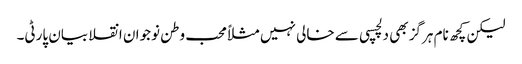
لیکن کچھ نام ہرگز بھی دلچسپی سے خالی نہیں مثلاًمحب وطن نوجوان انقلابیان پارٹی۔